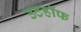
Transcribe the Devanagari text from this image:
उटहॉफ